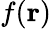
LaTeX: f(\mathbf{r})